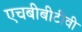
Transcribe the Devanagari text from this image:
एचबीबीटीवी